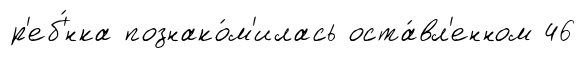
р'еб'́нка познако́м'илась оста́вл'енном 46